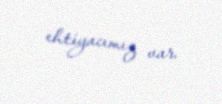
ehtiyacımız var.